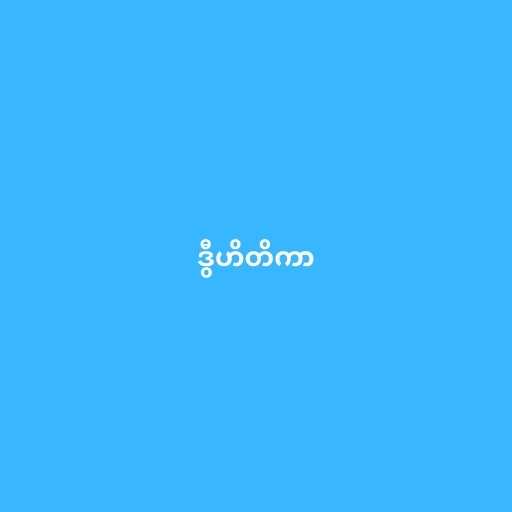
ဒွီဟိတိကာ